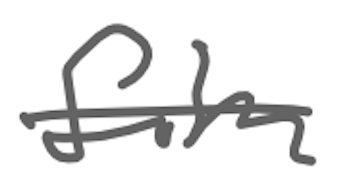
Text: film
Cross-out: single-line
Writing tool: digital_gray